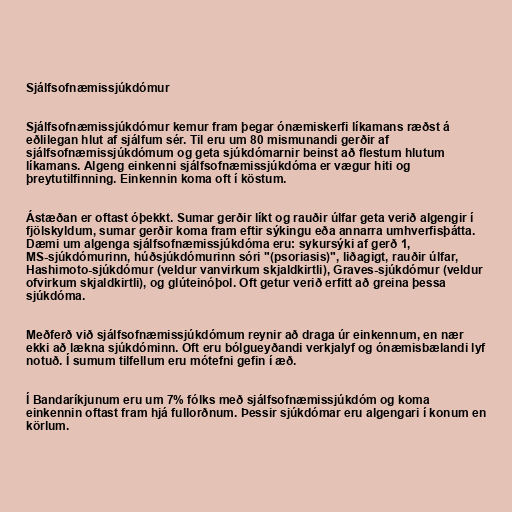
Sjálfsofnæmissjúkdómur

Sjálfsofnæmissjúkdómur kemur fram þegar ónæmiskerfi líkamans ræðst á
eðlilegan hlut af sjálfum sér. Til eru um 80 mismunandi gerðir af
sjálfsofnæmissjúkdómum og geta sjúkdómarnir beinst að flestum hlutum
líkamans. Algeng einkenni sjálfsofnæmissjúkdóma er vægur hiti og
þreytutilfinning. Einkennin koma oft í köstum.

Ástæðan er oftast óþekkt. Sumar gerðir líkt og rauðir úlfar geta verið algengir í
fjölskyldum, sumar gerðir koma fram eftir sýkingu eða annarra umhverfisþátta.
Dæmi um algenga sjálfsofnæmissjúkdóma eru: sykursýki af gerð 1,
MS-sjúkdómurinn, húðsjúkdómurinn sóri "(psoriasis)", liðagigt, rauðir úlfar,
Hashimoto-sjúkdómur (veldur vanvirkum skjaldkirtli), Graves-sjúkdómur (veldur
ofvirkum skjaldkirtli), og glúteinóþol. Oft getur verið erfitt að greina þessa
sjúkdóma.

Meðferð við sjálfsofnæmissjúkdómum reynir að draga úr einkennum, en nær
ekki að lækna sjúkdóminn. Oft eru bólgueyðandi verkjalyf og ónæmisbælandi lyf
notuð. Í sumum tilfellum eru mótefni gefin í æð.

Í Bandaríkjunum eru um 7% fólks með sjálfsofnæmissjúkdóm og koma
einkennin oftast fram hjá fullorðnum. Þessir sjúkdómar eru algengari í konum en
körlum.